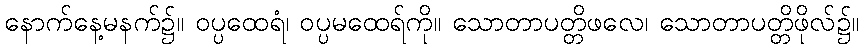
နောက်နေ့မနက်၌။ ဝပ္ပထေရံ၊ ဝပ္ပမထေရ်ကို။ သောတာပတ္တိဖလေ၊ သောတာပတ္တိဖိုလ်၌။